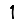
Digit: 1